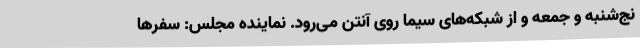
نج‌شنبه و جمعه و از شبکه‌های سیما روی آنتن می‌رود. نماینده مجلس: سفرها